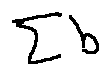
\sum b